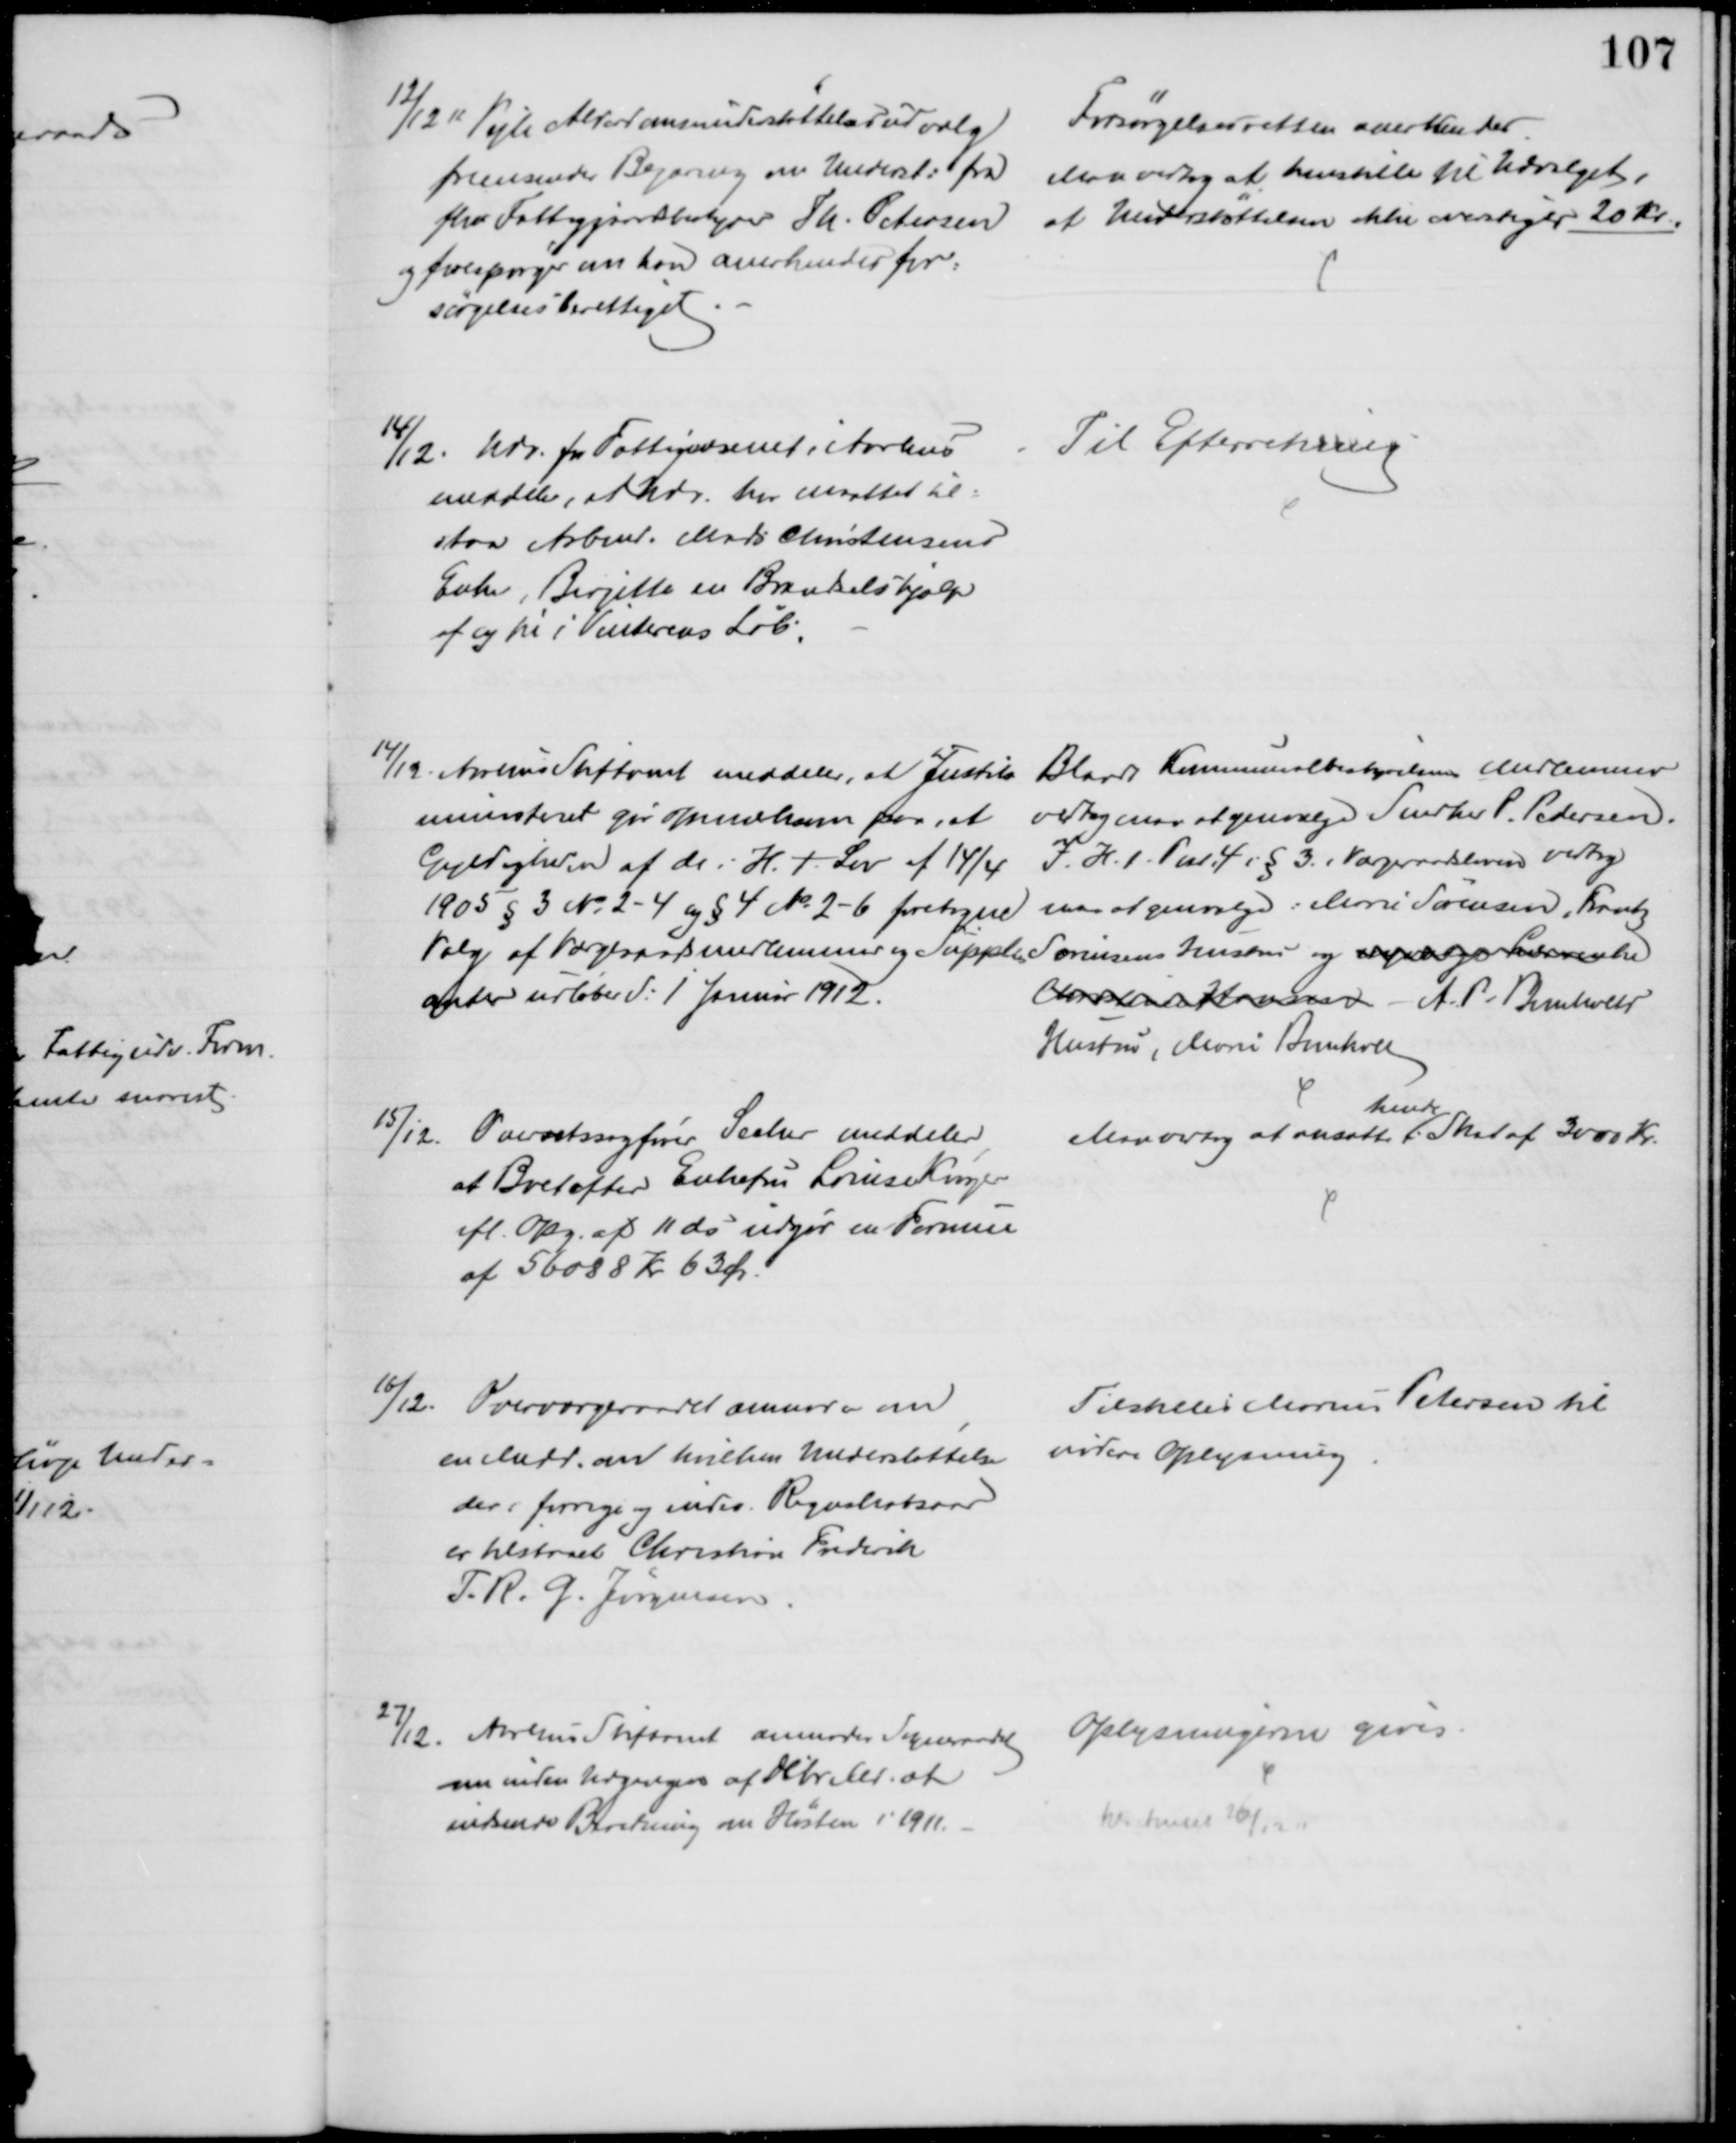
Transskription:
12/12 11 Vejle Alderdomsunderstøttelsesudvalg
fremsender Begæring om Underst: fra
fhv Fattiggaardsbestyrer Th. Petersen
og forespørger om han anerkendes for=
sørgelsesberettiget.
Forsørgelsesretten anerkendes
Man vedtog at henstille til Udvalget,
at Understøttelsen ikke overstiger 20 Kr
14/12. Udv. for Fattigvæsenet i Aarhus
meddeler, at Udv. har maattet til-
staa Arbmd. Mads Christensens
Enke, Birgitte en Brændselshjælp
af og til i Vinterens Løb.
Til Efterretning
14/12. Aarhus Stiftamt meddeler, at Justits
ministeret gør Opmærksom paa, at
Gyldigheden af de i H. t. Lov af 14/4
1905 § 3 № 2-4 og § 4 № 2-6 foretagne
Valg af Værgeraadsmedlemmer og Supple
-
anter udløber d: 1 Januar 1912.
Blandt Kommunalbestyrelsens Medlemmer
vedtog man at genvælge Snedker P. Pedersen.
I. H. t. Pnt. 4 i § 3 i Værgeraadsloven vedtog
man at genvælge: Marie Sørensen, Frantz
Sørensens Hustru og nyvælge Lærerinde
Christine Hansen A. P. Bomholdts
Hustru, Marie Bomholt
5/12. Overretssagfører Secher meddeler
at Boet efter Enkefru Louise Krøyer
ifl. Opg. af 11 ds udgør en Formue
af 56088 Kr 63 Øre.
Man vedtog at ansætte
hende
i Skat af 3000 Kr.
16/12. Overværgeraadet anmoder om
en Medd. om hvilken Understøttelse
der i forrige og indev. Regnskabsaar
er tilstaaet Christian Frederik
T. R. G. Jørgensen.
Tilstilles Marius Petersen til
videre Oplysning
27/12. Aarhus Stiftamt anmoder Sogneraadet
om inden Udgangen af Debr M. at
indsende Beretning om Høsten i 1911.
Oplysningerne gives.
til Amtet 26/12 11